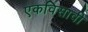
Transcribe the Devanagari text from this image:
एकविसावी